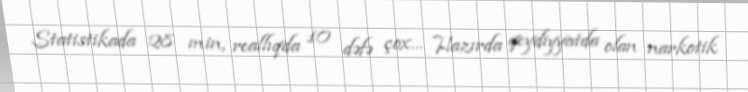
Statistikada 28 min, reallıqda 10 dəfə çox... Hazırda qeydiyyatda olan narkotik